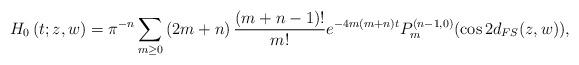
LaTeX: \begin{align*}H_{0}\left( t;z,w\right) =\pi ^{-n}\sum_{m\geq 0}\left( 2m+n\right) \frac{(m+n-1)!}{m!}e^{-4m(m+n)t}P_{m}^{(n-1,0)}(\cos 2d_{FS}(z,w)),\end{align*}